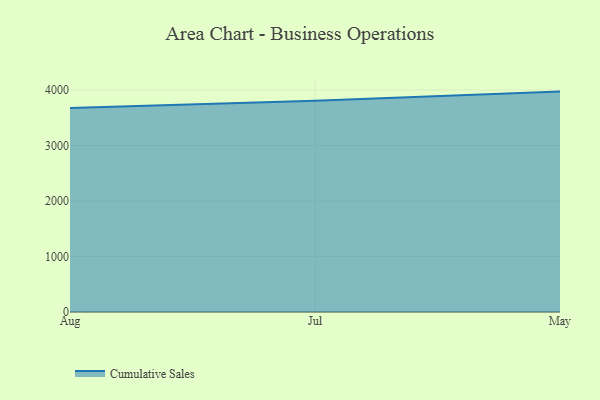
{"axis": {"x": "Month", "y": "Budget (USD K)"}, "legend": ["Cumulative Sales"], "data": [{"x": "Aug", "y": 3676.2, "type": "Cumulative Sales"}, {"x": "Jul", "y": 3805.0, "type": "Cumulative Sales"}, {"x": "May", "y": 3971.4, "type": "Cumulative Sales"}]}